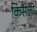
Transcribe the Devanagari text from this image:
किसेलो